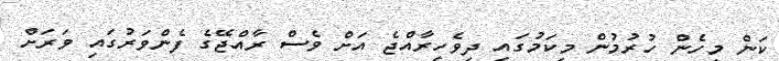
ކަން މިހެން ހުރުމުން މިކަމުގައި ދިވެހިރާއްޖެ އަށް ވެސް ރާއްޖޭގެ ފެންވަރުގައި ވަރަށް